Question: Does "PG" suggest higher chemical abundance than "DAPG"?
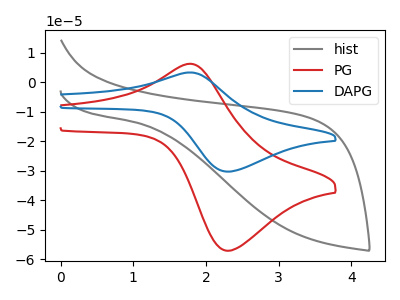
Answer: <think>The gray curve "hist" has no peaks. The red curve "PG" has an anodic peak at (1.75V, 6.25uA) and a cathodic peak at (2.30V, -57.15uA). The blue curve "DAPG" has an anodic peak at (1.75V, 3.30uA) and a cathodic peak at (2.30V, -30.30uA).
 All the peaks in "PG" have a peak in "DAPG" at the same potential. Every peak in "PG" is higher than every peak in "DAPG".</think>
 <answer>"PG" has more signal than "DAPG".</answer>
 <eval>more_signal</eval>